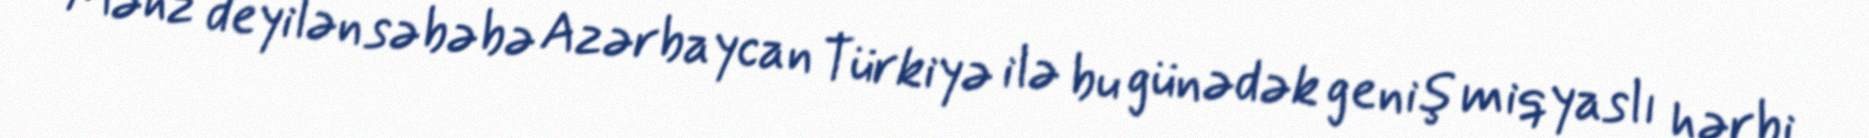
Məhz deyilən səbəbə Azərbaycan Türkiyə ilə bu günədək geniş miqyaslı hərbi